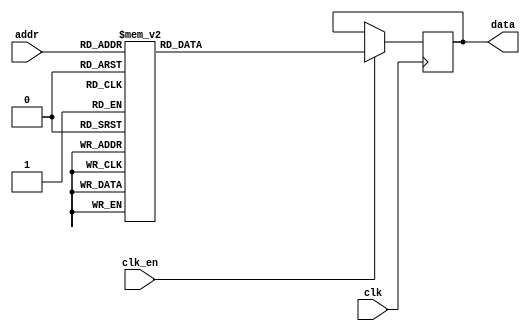
module exp_lut(
	input clk,
	input clk_en,
	input [7:0] addr,

	output reg [31:0] data
);

	always@(posedge clk) begin
		if(clk_en) begin
			case(addr)
				8'd0:    data <= 32'b00000000000000000000000000010000;
				8'd1:    data <= 32'b00000000000000000000000000010001;
				8'd2:    data <= 32'b00000000000000000000000000010010;
				8'd3:    data <= 32'b00000000000000000000000000010011;
				8'd4:    data <= 32'b00000000000000000000000000010100;
				8'd5:    data <= 32'b00000000000000000000000000010101;
				8'd6:    data <= 32'b00000000000000000000000000010111;
				8'd7:    data <= 32'b00000000000000000000000000011000;
				8'd8:    data <= 32'b00000000000000000000000000011010;
				8'd9:    data <= 32'b00000000000000000000000000011100;
				8'd10:   data <= 32'b00000000000000000000000000011101;
				8'd11:   data <= 32'b00000000000000000000000000011111;
				8'd12:   data <= 32'b00000000000000000000000000100001;
				8'd13:   data <= 32'b00000000000000000000000000100100;
				8'd14:   data <= 32'b00000000000000000000000000100110;
				8'd15:   data <= 32'b00000000000000000000000000101000;
				8'd16:   data <= 32'b00000000000000000000000000101011;
				8'd17:   data <= 32'b00000000000000000000000000101110;
				8'd18:   data <= 32'b00000000000000000000000000110001;
				8'd19:   data <= 32'b00000000000000000000000000110100;
				8'd20:   data <= 32'b00000000000000000000000000110111;
				8'd21:   data <= 32'b00000000000000000000000000111011;
				8'd22:   data <= 32'b00000000000000000000000000111111;
				8'd23:   data <= 32'b00000000000000000000000001000011;
				8'd24:   data <= 32'b00000000000000000000000001000111;
				8'd25:   data <= 32'b00000000000000000000000001001100;
				8'd26:   data <= 32'b00000000000000000000000001010001;
				8'd27:   data <= 32'b00000000000000000000000001010110;
				8'd28:   data <= 32'b00000000000000000000000001011100;
				8'd29:   data <= 32'b00000000000000000000000001100010;
				8'd30:   data <= 32'b00000000000000000000000001101000;
				8'd31:   data <= 32'b00000000000000000000000001101111;
				8'd32:   data <= 32'b00000000000000000000000001110110;
				8'd33:   data <= 32'b00000000000000000000000001111101;
				8'd34:   data <= 32'b00000000000000000000000010000101;
				8'd35:   data <= 32'b00000000000000000000000010001110;
				8'd36:   data <= 32'b00000000000000000000000010010111;
				8'd37:   data <= 32'b00000000000000000000000010100001;
				8'd38:   data <= 32'b00000000000000000000000010101100;
				8'd39:   data <= 32'b00000000000000000000000010110111;
				8'd40:   data <= 32'b00000000000000000000000011000010;
				8'd41:   data <= 32'b00000000000000000000000011001111;
				8'd42:   data <= 32'b00000000000000000000000011011100;
				8'd43:   data <= 32'b00000000000000000000000011101011;
				8'd44:   data <= 32'b00000000000000000000000011111010;
				8'd45:   data <= 32'b00000000000000000000000100001010;
				8'd46:   data <= 32'b00000000000000000000000100011011;
				8'd47:   data <= 32'b00000000000000000000000100101101;
				8'd48:   data <= 32'b00000000000000000000000101000001;
				8'd49:   data <= 32'b00000000000000000000000101010110;
				8'd50:   data <= 32'b00000000000000000000000101101100;
				8'd51:   data <= 32'b00000000000000000000000110000011;
				8'd52:   data <= 32'b00000000000000000000000110011100;
				8'd53:   data <= 32'b00000000000000000000000110110111;
				8'd54:   data <= 32'b00000000000000000000000111010011;
				8'd55:   data <= 32'b00000000000000000000000111110001;
				8'd56:   data <= 32'b00000000000000000000001000010001;
				8'd57:   data <= 32'b00000000000000000000001000110100;
				8'd58:   data <= 32'b00000000000000000000001001011000;
				8'd59:   data <= 32'b00000000000000000000001001111111;
				8'd60:   data <= 32'b00000000000000000000001010101000;
				8'd61:   data <= 32'b00000000000000000000001011010100;
				8'd62:   data <= 32'b00000000000000000000001100000010;
				8'd63:   data <= 32'b00000000000000000000001100110100;
				8'd64:   data <= 32'b00000000000000000000001101101001;
				8'd65:   data <= 32'b00000000000000000000001110100001;
				8'd66:   data <= 32'b00000000000000000000001111011101;
				8'd67:   data <= 32'b00000000000000000000010000011101;
				8'd68:   data <= 32'b00000000000000000000010001100001;
				8'd69:   data <= 32'b00000000000000000000010010101010;
				8'd70:   data <= 32'b00000000000000000000010011110111;
				8'd71:   data <= 32'b00000000000000000000010101001001;
				8'd72:   data <= 32'b00000000000000000000010110100000;
				8'd73:   data <= 32'b00000000000000000000010111111101;
				8'd74:   data <= 32'b00000000000000000000011001100000;
				8'd75:   data <= 32'b00000000000000000000011011001001;
				8'd76:   data <= 32'b00000000000000000000011100111001;
				8'd77:   data <= 32'b00000000000000000000011110110000;
				8'd78:   data <= 32'b00000000000000000000100000101111;
				8'd79:   data <= 32'b00000000000000000000100010110110;
				8'd80:   data <= 32'b00000000000000000000100101000110;
				8'd81:   data <= 32'b00000000000000000000100111011111;
				8'd82:   data <= 32'b00000000000000000000101010000010;
				8'd83:   data <= 32'b00000000000000000000101100110000;
				8'd84:   data <= 32'b00000000000000000000101111101001;
				8'd85:   data <= 32'b00000000000000000000110010101101;
				8'd86:   data <= 32'b00000000000000000000110101111111;
				8'd87:   data <= 32'b00000000000000000000111001011101;
				8'd88:   data <= 32'b00000000000000000000111101001011;
				8'd89:   data <= 32'b00000000000000000001000001000111;
				8'd90:   data <= 32'b00000000000000000001000101010100;
				8'd91:   data <= 32'b00000000000000000001001001110010;
				8'd92:   data <= 32'b00000000000000000001001110100011;
				8'd93:   data <= 32'b00000000000000000001010011100111;
				8'd94:   data <= 32'b00000000000000000001011001000000;
				8'd95:   data <= 32'b00000000000000000001011110101111;
				8'd96:   data <= 32'b00000000000000000001100100110110;
				8'd97:   data <= 32'b00000000000000000001101011010111;
				8'd98:   data <= 32'b00000000000000000001110010010010;
				8'd99:   data <= 32'b00000000000000000001111001101010;
				8'd100:  data <= 32'b00000000000000000010000001100000;
				8'd101:  data <= 32'b00000000000000000010001001110110;
				8'd102:  data <= 32'b00000000000000000010010010101111;
				8'd103:  data <= 32'b00000000000000000010011100001101;
				8'd104:  data <= 32'b00000000000000000010100110010010;
				8'd105:  data <= 32'b00000000000000000010110001000000;
				8'd106:  data <= 32'b00000000000000000010111100011011;
				8'd107:  data <= 32'b00000000000000000011001000100101;
				8'd108:  data <= 32'b00000000000000000011010101100000;
				8'd109:  data <= 32'b00000000000000000011100011010010;
				8'd110:  data <= 32'b00000000000000000011110001111100;
				8'd111:  data <= 32'b00000000000000000100000001100011;
				8'd112:  data <= 32'b00000000000000000100010010001010;
				8'd113:  data <= 32'b00000000000000000100100011110101;
				8'd114:  data <= 32'b00000000000000000100110110101010;
				8'd115:  data <= 32'b00000000000000000101001010101100;
				8'd116:  data <= 32'b00000000000000000101100000000001;
				8'd117:  data <= 32'b00000000000000000101110110101110;
				8'd118:  data <= 32'b00000000000000000110001110111001;
				8'd119:  data <= 32'b00000000000000000110101000100111;
				8'd120:  data <= 32'b00000000000000000111000100000000;
				8'd121:  data <= 32'b00000000000000000111100001001010;
				8'd122:  data <= 32'b00000000000000001000000000001100;
				8'd123:  data <= 32'b00000000000000001000100001001110;
				8'd124:  data <= 32'b00000000000000001001000100011001;
				8'd125:  data <= 32'b00000000000000001001101001110100;
				8'd126:  data <= 32'b00000000000000001010010001101010;
				8'd127:  data <= 32'b00000000000000001010111100000101;
				8'd128:  data <= 32'b00000000000000001011101001001111;
				8'd129:  data <= 32'b00000000000000001100011001010011;
				8'd130:  data <= 32'b00000000000000001101001100011101;
				8'd131:  data <= 32'b00000000000000001110000010111011;
				8'd132:  data <= 32'b00000000000000001110111100111010;
				8'd133:  data <= 32'b00000000000000001111111010100111;
				8'd134:  data <= 32'b00000000000000010000111100010100;
				8'd135:  data <= 32'b00000000000000010010000010001111;
				8'd136:  data <= 32'b00000000000000010011001100101100;
				8'd137:  data <= 32'b00000000000000010100011011111011;
				8'd138:  data <= 32'b00000000000000010101110000010010;
				8'd139:  data <= 32'b00000000000000010111001010000101;
				8'd140:  data <= 32'b00000000000000011000101001101011;
				8'd141:  data <= 32'b00000000000000011010001111011011;
				8'd142:  data <= 32'b00000000000000011011111011101111;
				8'd143:  data <= 32'b00000000000000011101101111000010;
				8'd144:  data <= 32'b00000000000000011111101001110001;
				8'd145:  data <= 32'b00000000000000100001101100011011;
				8'd146:  data <= 32'b00000000000000100011110111011111;
				8'd147:  data <= 32'b00000000000000100110001011100010;
				8'd148:  data <= 32'b00000000000000101000101001001001;
				8'd149:  data <= 32'b00000000000000101011010000111001;
				8'd150:  data <= 32'b00000000000000101110000011011110;
				8'd151:  data <= 32'b00000000000000110001000001100100;
				8'd152:  data <= 32'b00000000000000110100001011111011;
				8'd153:  data <= 32'b00000000000000110111100011010101;
				8'd154:  data <= 32'b00000000000000111011001000101000;
				8'd155:  data <= 32'b00000000000000111110111100101110;
				8'd156:  data <= 32'b00000000000001000011000000100011;
				8'd157:  data <= 32'b00000000000001000111010101001001;
				8'd158:  data <= 32'b00000000000001001011111011100100;
				8'd159:  data <= 32'b00000000000001010000110100111111;
				8'd160:  data <= 32'b00000000000001010110000010100111;
				8'd161:  data <= 32'b00000000000001011011100101110000;
				8'd162:  data <= 32'b00000000000001100001011111110100;
				8'd163:  data <= 32'b00000000000001100111110010001111;
				8'd164:  data <= 32'b00000000000001101110011110101000;
				8'd165:  data <= 32'b00000000000001110101100110101001;
				8'd166:  data <= 32'b00000000000001111101001100000101;
				8'd167:  data <= 32'b00000000000010000101010000110100;
				8'd168:  data <= 32'b00000000000010001101110110111000;
				8'd169:  data <= 32'b00000000000010010111000000011010;
				8'd170:  data <= 32'b00000000000010100000101111101101;
				8'd171:  data <= 32'b00000000000010101011000111001101;
				8'd172:  data <= 32'b00000000000010110110001001100000;
				8'd173:  data <= 32'b00000000000011000001111001010110;
				8'd174:  data <= 32'b00000000000011001110011001101011;
				8'd175:  data <= 32'b00000000000011011011101101101000;
				8'd176:  data <= 32'b00000000000011101001111000100010;
				8'd177:  data <= 32'b00000000000011111000111101111011;
				8'd178:  data <= 32'b00000000000100001001000001100100;
				8'd179:  data <= 32'b00000000000100011010000111100000;
				8'd180:  data <= 32'b00000000000100101100010011111110;
				8'd181:  data <= 32'b00000000000100111111101011100011;
				8'd182:  data <= 32'b00000000000101010100010011000101;
				8'd183:  data <= 32'b00000000000101101010001111101110;
				8'd184:  data <= 32'b00000000000110000001100110111100;
				8'd185:  data <= 32'b00000000000110011010011110100110;
				8'd186:  data <= 32'b00000000000110110100111100111001;
				8'd187:  data <= 32'b00000000000111010001001000011111;
				8'd188:  data <= 32'b00000000000111101111001000011000;
				8'd189:  data <= 32'b00000000001000001111000100000111;
				8'd190:  data <= 32'b00000000001000110001000011101001;
				8'd191:  data <= 32'b00000000001001010101001111011111;
				8'd192:  data <= 32'b00000000001001111011110000101100;
				8'd193:  data <= 32'b00000000001010100100110000111001;
				8'd194:  data <= 32'b00000000001011010000011010010101;
				8'd195:  data <= 32'b00000000001011111110110111111100;
				8'd196:  data <= 32'b00000000001100110000010101010100;
				8'd197:  data <= 32'b00000000001101100100111110110110;
				8'd198:  data <= 32'b00000000001110011101000001101101;
				8'd199:  data <= 32'b00000000001111011000101011111000;
				8'd200:  data <= 32'b00000000010000011000001100010100;
				8'd201:  data <= 32'b00000000010001011011110010111000;
				8'd202:  data <= 32'b00000000010010100011110000011111;
				8'd203:  data <= 32'b00000000010011110000010111001000;
				8'd204:  data <= 32'b00000000010101000001111001111110;
				8'd205:  data <= 32'b00000000010110011000101101011001;
				8'd206:  data <= 32'b00000000010111110101000111000111;
				8'd207:  data <= 32'b00000000011001010111011110001110;
				8'd208:  data <= 32'b00000000011011000000001011010110;
				8'd209:  data <= 32'b00000000011100101111101000101001;
				8'd210:  data <= 32'b00000000011110100110010010000000;
				8'd211:  data <= 32'b00000000100000100100100101000110;
				8'd212:  data <= 32'b00000000100010101011000001100000;
				8'd213:  data <= 32'b00000000100100111010001000110110;
				8'd214:  data <= 32'b00000000100111010010011110111010;
				8'd215:  data <= 32'b00000000101001110100101001110100;
				8'd216:  data <= 32'b00000000101100100001010010000101;
				8'd217:  data <= 32'b00000000101111011001000010111010;
				8'd218:  data <= 32'b00000000110010011100101010010000;
				8'd219:  data <= 32'b00000000110101101100111001000001;
				8'd220:  data <= 32'b00000000111001001010100011010010;
				8'd221:  data <= 32'b00000000111100110110100000011111;
				8'd222:  data <= 32'b00000001000000110001101011101000;
				8'd223:  data <= 32'b00000001000100111101000011100010;
				8'd224:  data <= 32'b00000001001001011001101011000100;
				8'd225:  data <= 32'b00000001001110001000101001011001;
				8'd226:  data <= 32'b00000001010011001011001010010010;
				8'd227:  data <= 32'b00000001011000100010011110011010;
				8'd228:  data <= 32'b00000001011110001111111011100111;
				8'd229:  data <= 32'b00000001100100010100111101010010;
				8'd230:  data <= 32'b00000001101010110011000100101110;
				8'd231:  data <= 32'b00000001110001101011111001011111;
				8'd232:  data <= 32'b00000001111001000001001001110100;
				8'd233:  data <= 32'b00000010000000110100101011000011;
				8'd234:  data <= 32'b00000010001001001000011010001001;
				8'd235:  data <= 32'b00000010010001111110011100000011;
				8'd236:  data <= 32'b00000010011011011000111110010100;
				8'd237:  data <= 32'b00000010100101011010010111101001;
				8'd238:  data <= 32'b00000010110000000101001000011011;
				8'd239:  data <= 32'b00000010111011011011111011011001;
				8'd240:  data <= 32'b00000011000111100001100110010101;
				8'd241:  data <= 32'b00000011010100011001001010101110;
				8'd242:  data <= 32'b00000011100010000101110110011111;
				8'd243:  data <= 32'b00000011110000101011000100111010;
				8'd244:  data <= 32'b00000100000000001100011111010110;
				8'd245:  data <= 32'b00000100010000101101111110001111;
				8'd246:  data <= 32'b00000100100010010011101010000011;
				8'd247:  data <= 32'b00000100110101000001111100010010;
				8'd248:  data <= 32'b00000101001000111101100000100111;
				8'd249:  data <= 32'b00000101011110001011010110000010;
				8'd250:  data <= 32'b00000101110100110000110000000111;
				8'd251:  data <= 32'b00000110001100110011011000010101;
				8'd252:  data <= 32'b00000110100110011001001111011101;
				8'd253:  data <= 32'b00000111000001101000101111000101;
				8'd254:  data <= 32'b00000111011110101000101011010000;
				8'd255:  data <= 32'b00000111111101100000010100000100;
			endcase
		end
	end

endmodule